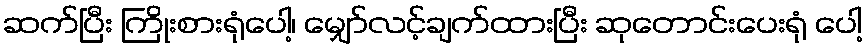
ဆက်ပြီး ကြိုးစားရုံပေါ့၊ မျှော်လင့်ချက်ထားပြီး ဆုတောင်းပေးရုံ ပေါ့